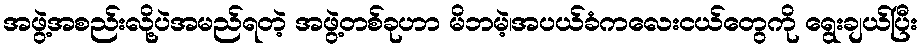
အဖွဲ့အစည်းလို့ပဲအမည်ရတဲ့ အဖွဲ့တစ်ခုဟာ မိဘမဲ့၊အပယ်ခံကလေးငယ်တွေကို ရွေးချယ်ပြီး